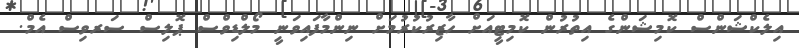
އިލެކްޝަންސް ކޮމިޝަންގެ އިތުރުން ކޮމިޓީއަށް ހާޒިރުކުރުމަށް ނިންމާފައިވަނީ މޯލްޑިވްސް ޕޮލިސް ސަރވިސް އެމް.